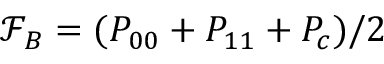
\mathcal { F } _ { B } = ( P _ { 0 0 } + P _ { 1 1 } + P _ { c } ) / 2